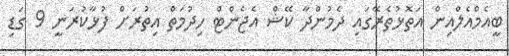
ބީއެމްއެލްއިން އަތޮޅުތެރޭގައި ދެމުންދާ ކޭޝް އެޖެންޓް ހިދުމަތް އިތުރަށް ފުޅާކުރަނީ 9 ގަޑި